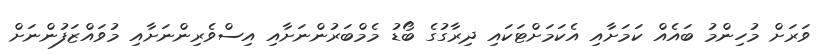
ވަރަށް މުހިންމު ބައެއް ކަމަށާއި އެކަމަށްޓަކައި ދިރާގުގެ ބޯޑު މެމްބަރުންނަށާއި އިސްވެރިންނަށާއި މުވައްޒަފުންނަށް